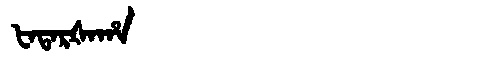
Manchu: ᡶᠠᡨᠠᡵᡧᠠᡥᠠ
Romanization: FATARŠAHA